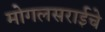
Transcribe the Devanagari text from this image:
मोगलसराईचे